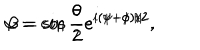
\alpha = \cos { \frac { \theta } { 2 } } e ^ { i ( \psi + \phi ) / 2 } , \hspace { 0 . 2 i n } \beta = \sin { \frac { \theta } { 2 } } e ^ { i ( \psi - \phi ) / 2 } .